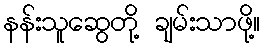
နန်းသူဆွေတို့ ချမ်းသာဖို့။